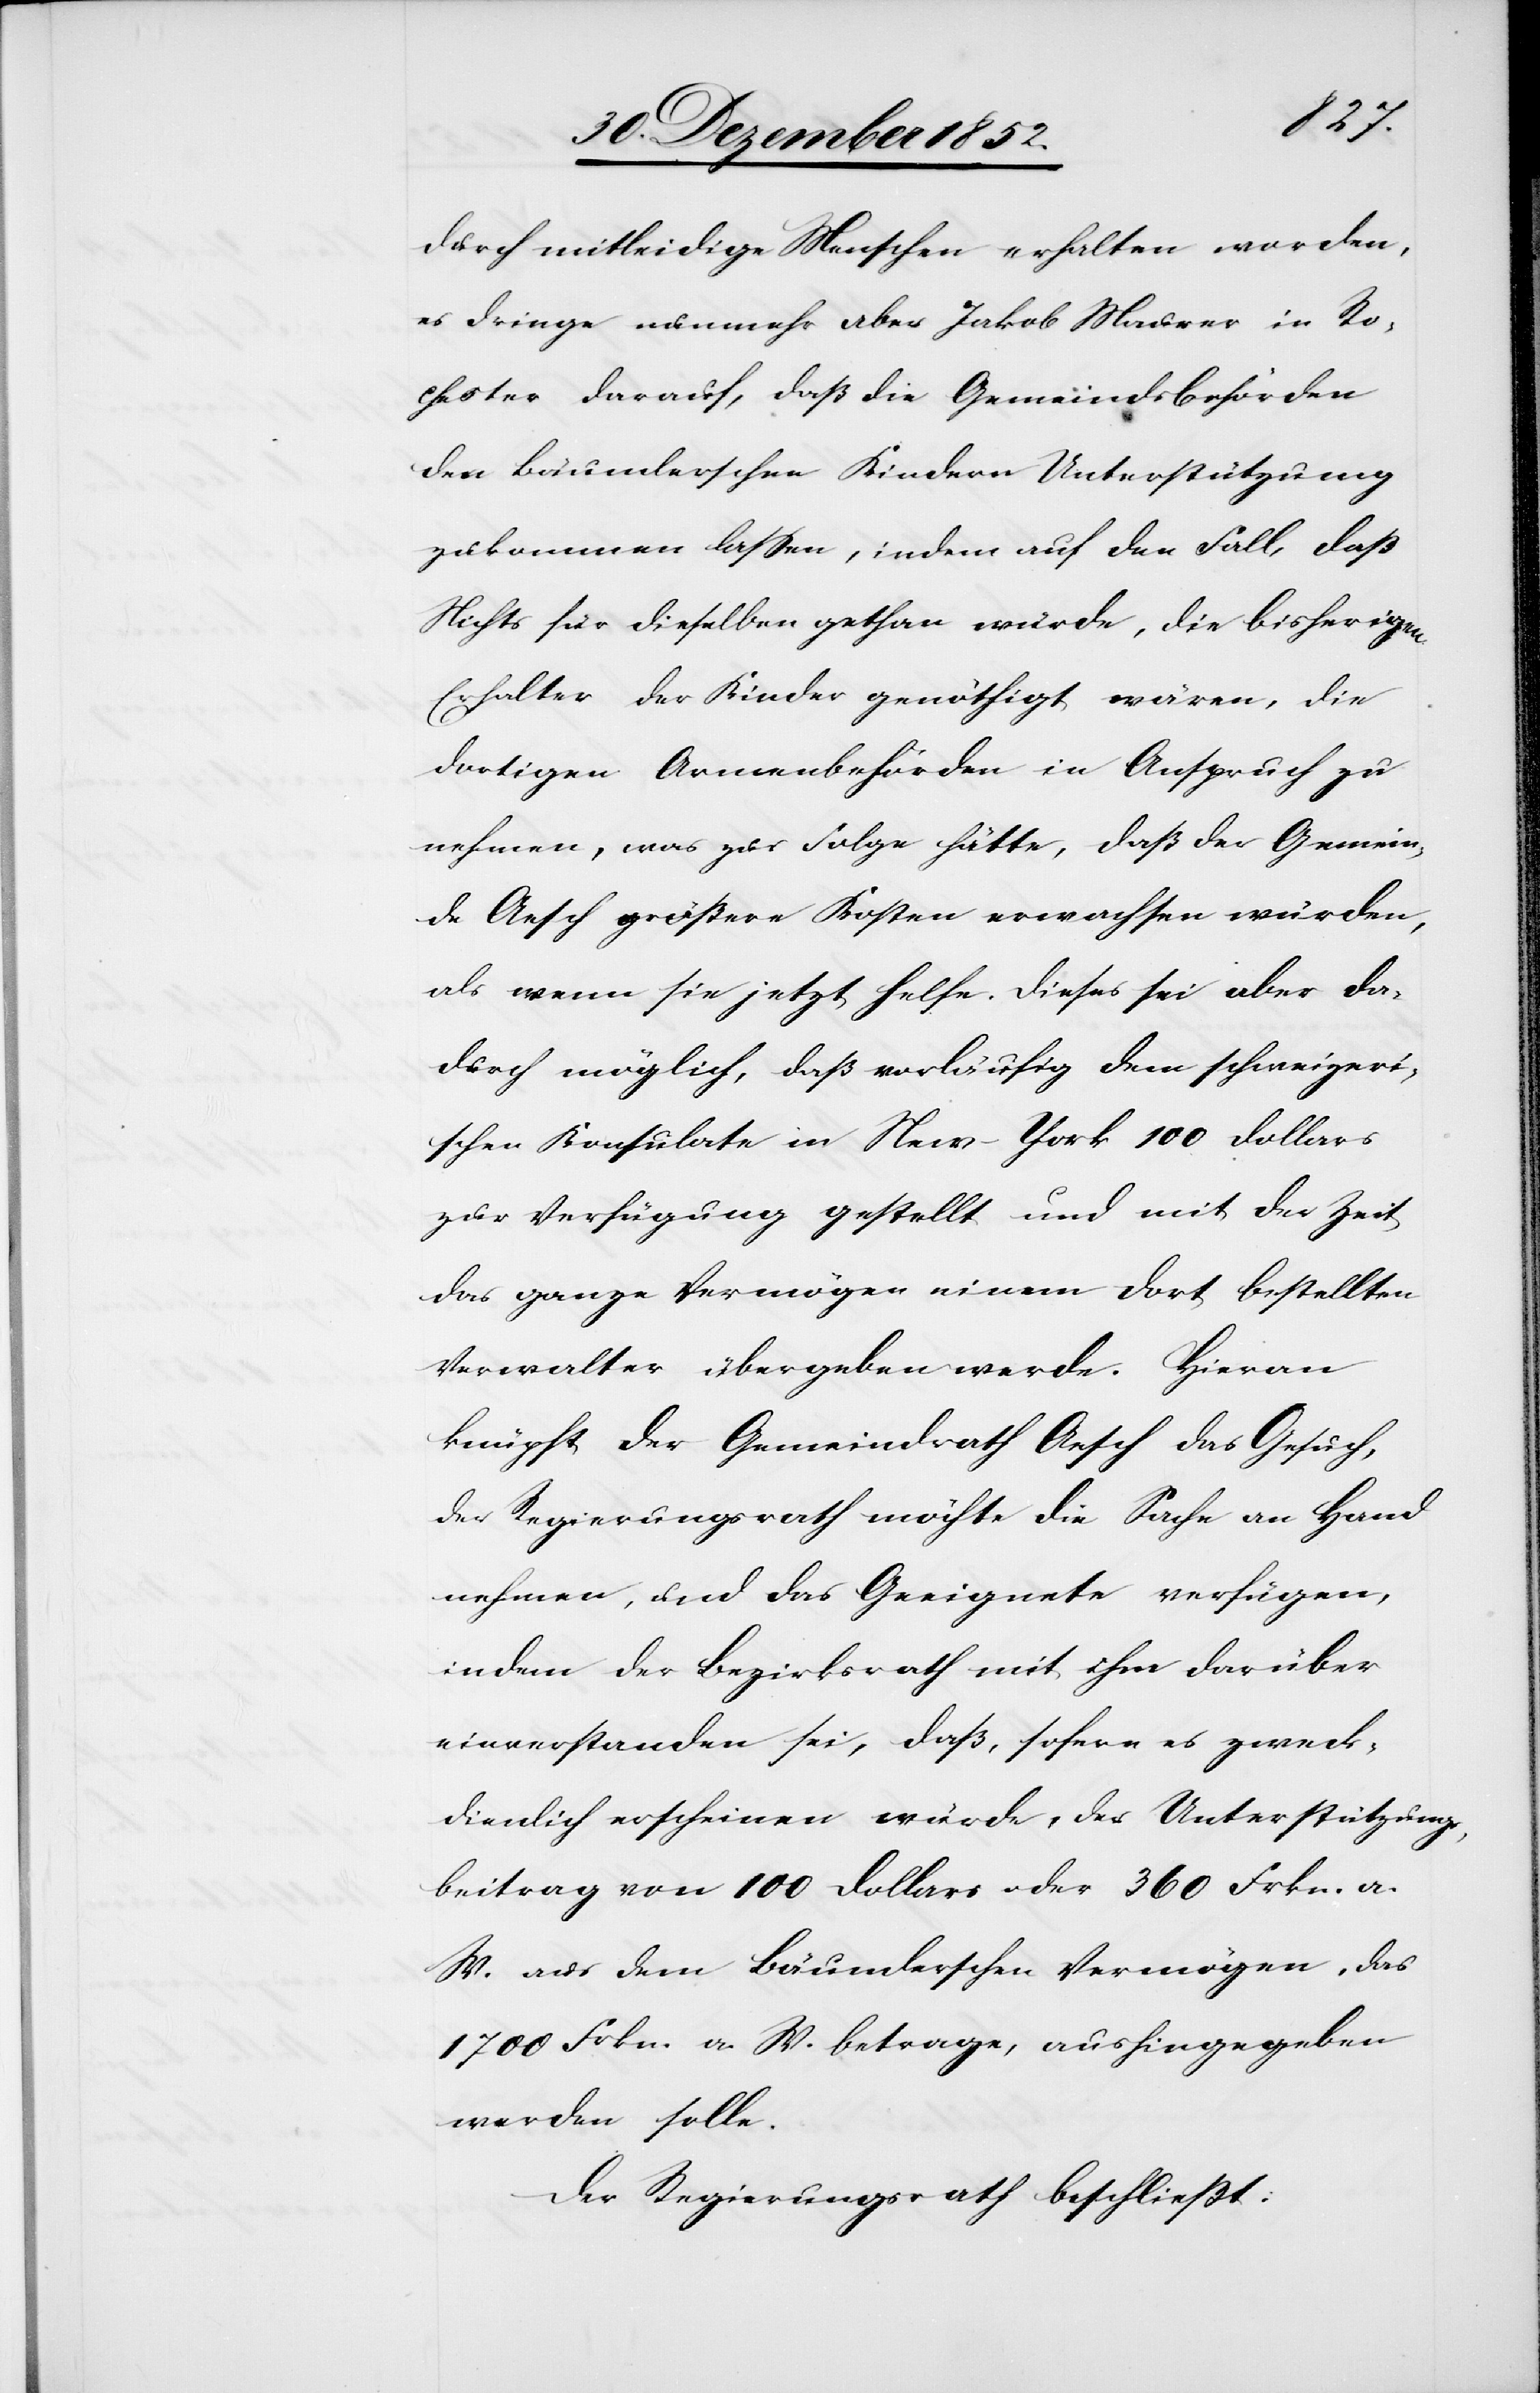
durch mitleidige Menschen erhalten worden,
es dringe nunmehr aber Jakob Maurer in Ro¬
chester darauf, daß die Gemeindsbehörden
den Bäumlerschen Kindern Unterstützung
zukommen lassen, indem auf den Fall, daß
Nichts für dieselben gethan würde, die bisherigen
Erhalter der Kinder genöthigt wären, die
dortigen Armenbehörden in Anspruch zu
nehmen, was zur Folge hätte, daß der Gemein¬
de Aesch größere Kosten erwachsen würden,
als wenn sie jetzt helfe. Dieses sei aber da¬
durch möglich, daß vorläufig dem schweizeri¬
schen Konsulate in New-York 100 Dollars
zur Verfügung gestellt und mit der Zeit
das ganze Vermögen einem dort bestellten
Verwalter übergeben werde. Hieran
knüpft der Gemeindrath Aesch das Gesuch,
der Regierungsrath möchte die Sache an Hand
nehmen, und das Geeignete verfügen,
indem der Bezirksrath mit ihm darüber
einverstanden sei, daß, sofern es zweck¬
dienlich erscheinen würde, der Unterstützungs¬
beitrag von 100 Dollars oder 360 Frkn. a.
W. aus dem Bäumlerschen Vermögen, das
1700 Frkn. a. W. betrage, aushingegeben
werden solle.
Der Regierungsrath beschließt: